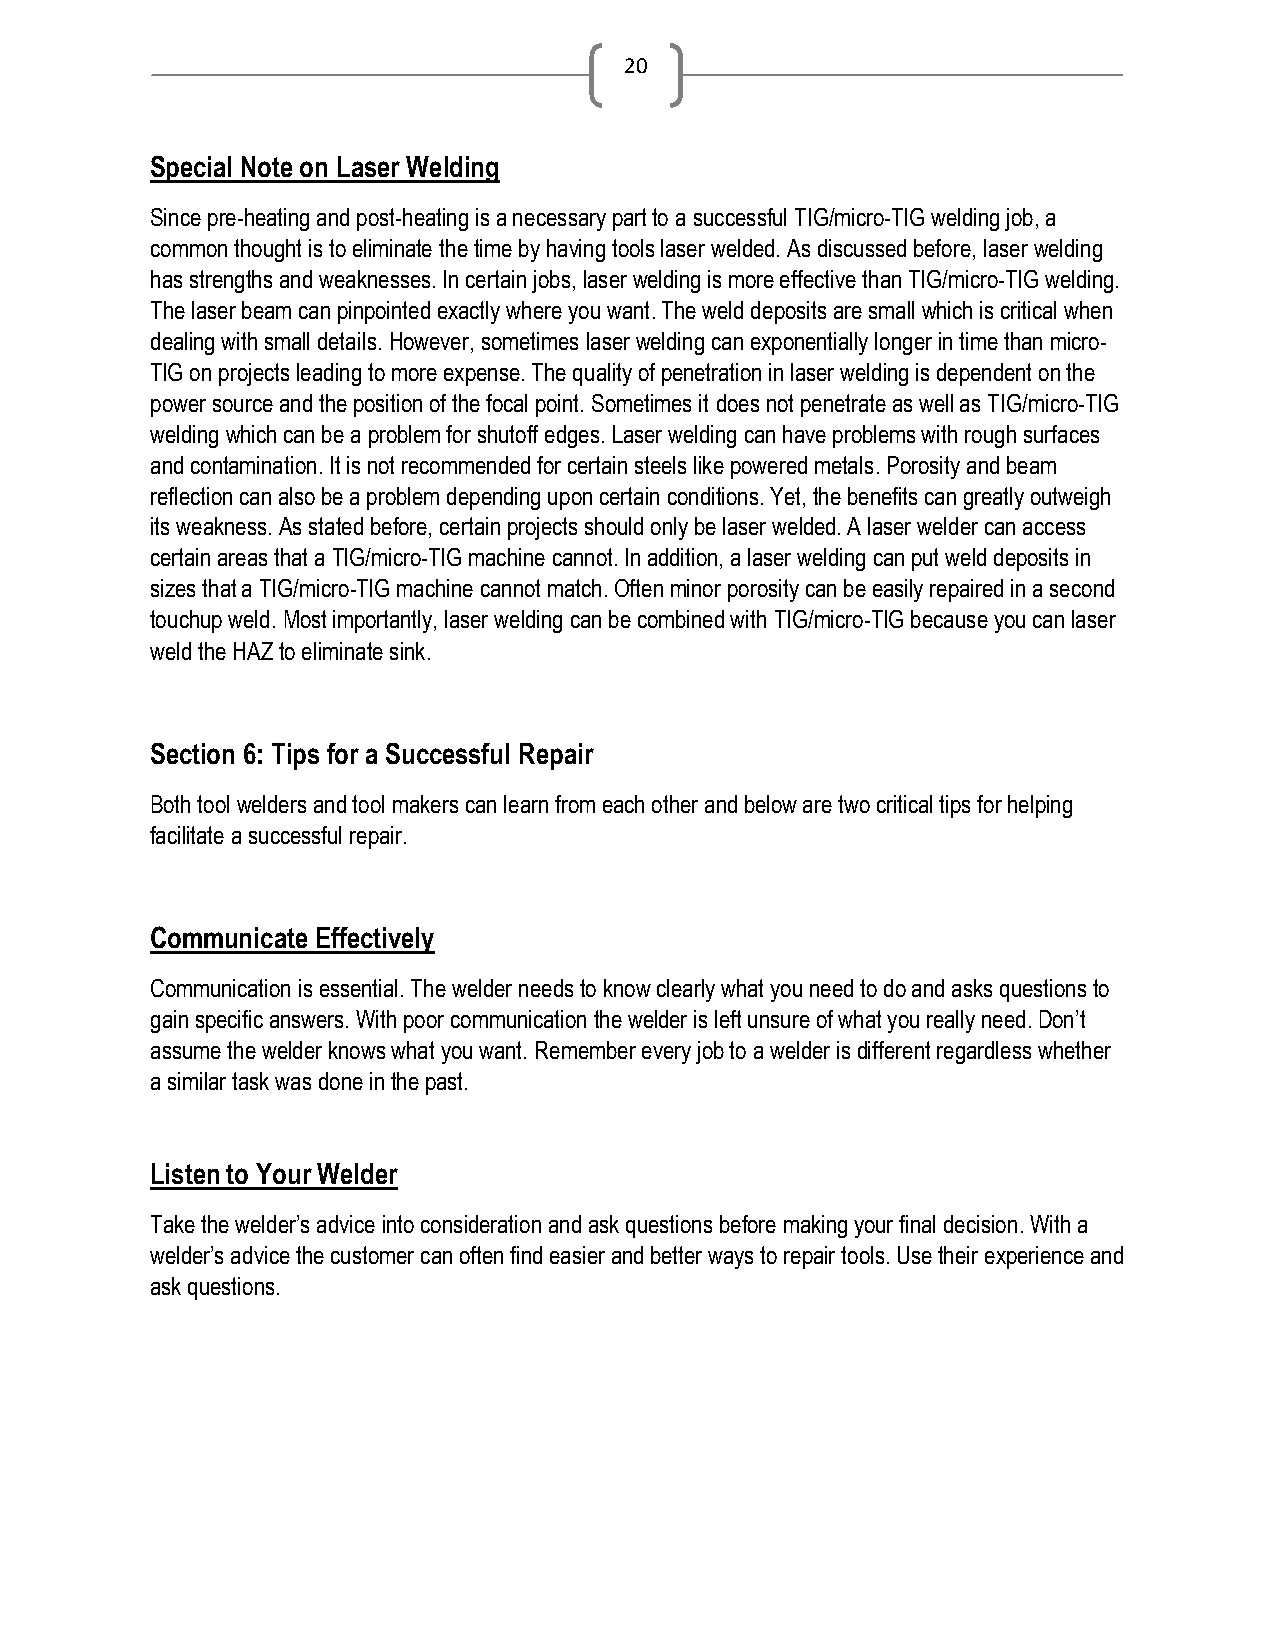
20
 Special Note on Laser Welding
 Since pre-heating and post-heating is a necessary part to a successful TIG/micro-TIG welding job, a
 common thought is to eliminate the time by having tools laser welded. As discussed before, laser welding
 has strengths and weaknesses. In certain jobs, laser welding is more effective than TIG/micro-TIG welding.
 The laser beam can pinpointed exactly where you want. The weld deposits are small which is critical when
 dealing with small details. However, sometimes laser welding can exponentially longer in time than micro-
 TIG on projects leading to more expense. The quality of penetration in laser welding is dependent on the
 power source and the position of the focal point. Sometimes it does not penetrate as well as TIG/micro-TIG
 welding which can be a problem for shutoff edges. Laser welding can have problems with rough surfaces
 and contamination. It is not recommended for certain steels like powered metals. Porosity and beam
 reflection can also be a problem depending upon certain conditions. Yet, the benefits can greatly outweigh
 its weakness. As stated before, certain projects should only be laser welded. A laser welder can access
 certain areas that a TIG/micro-TIG machine cannot. In addition, a laser welding can put weld deposits in
 sizes that a TIG/micro-TIG machine cannot match. Often minor porosity can be easily repaired in a second
 touchup weld. Most importantly, laser welding can be combined with TIG/micro-TIG because you can laser
 weld the HAZ to eliminate sink.
 Section 6: Tips for a Successful Repair
 Both tool welders and tool makers can learn from each other and below are two critical tips for helping
 facilitate a successful repair.
 Communicate Effectively
 Communication is essential. The welder needs to know clearly what you need to do and asks questions to
 gain specific answers. With poor communication the welder is left unsure of what you really need. Don’t
 assume the welder knows what you want. Remember every job to a welder is different regardless whether
 a similar task was done in the past.
 Listen to Your Welder
 Take the welder’s advice into consideration and ask questions before making your final decision. With a
 welder’s advice the customer can often find easier and better ways to repair tools. Use their experience and
 ask questions.